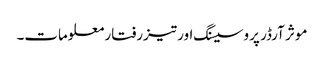
موثر آرڈر پروسیسنگ اور تیزرفتار معلومات۔